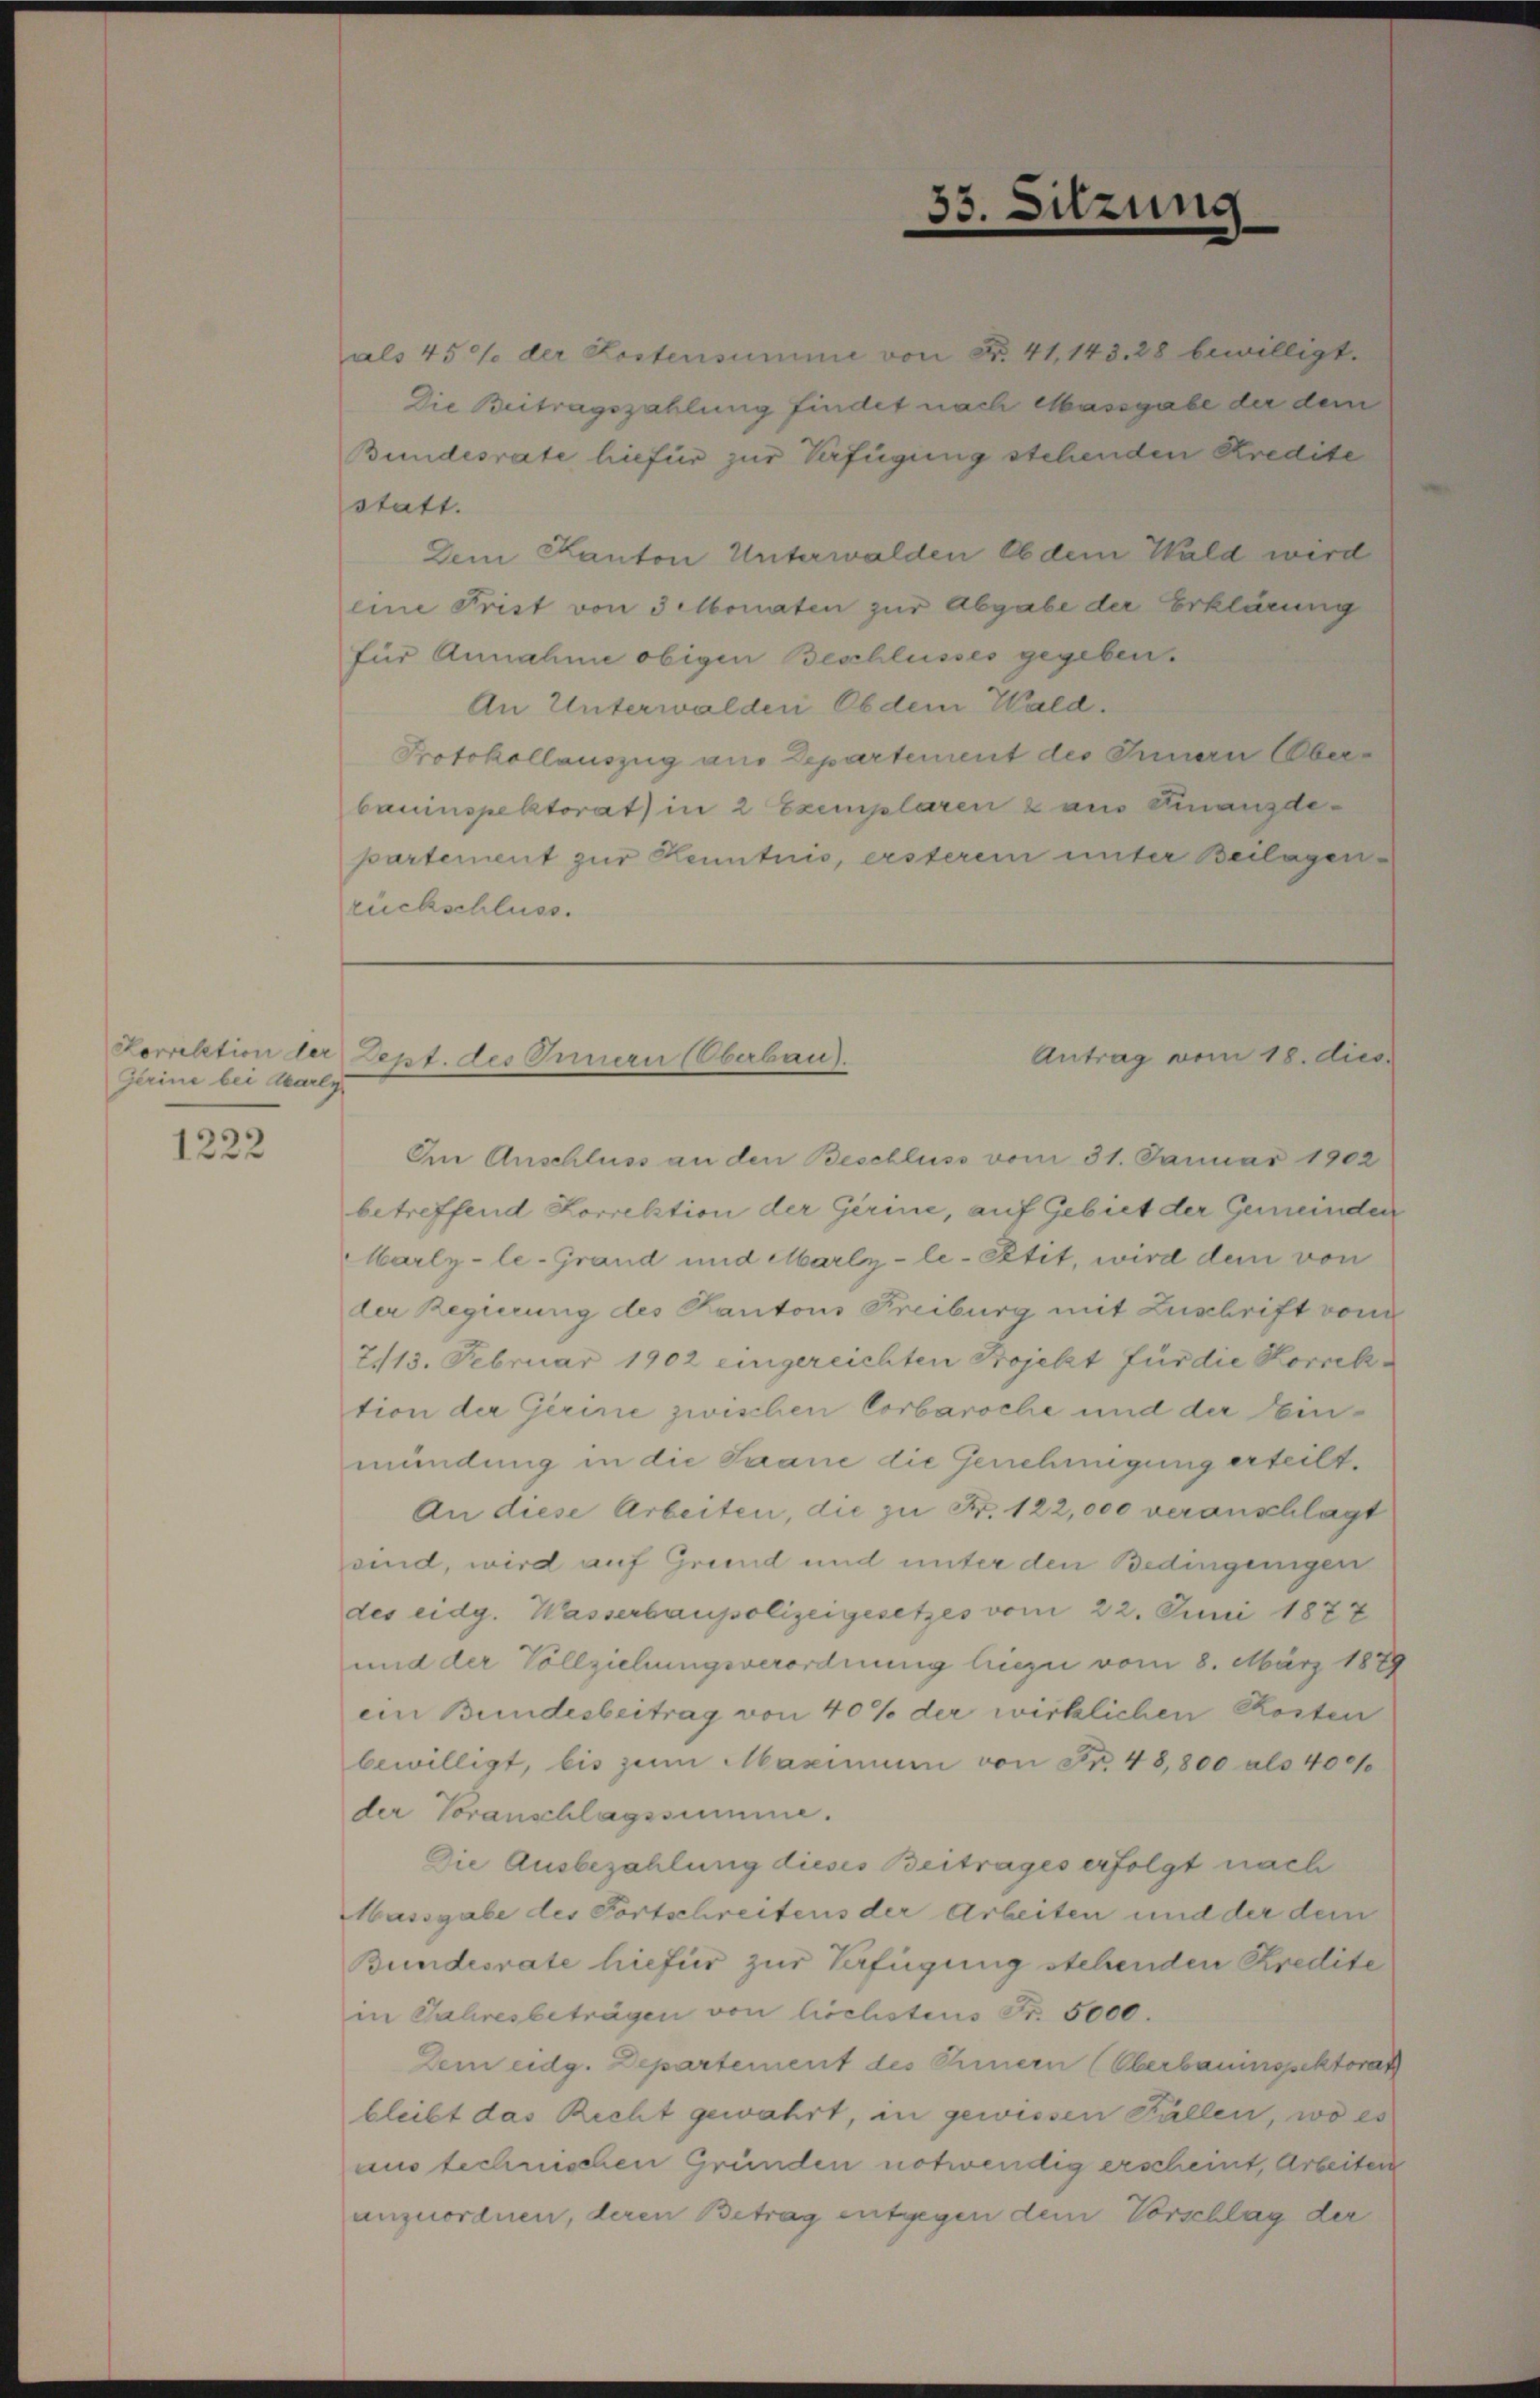
Gerine bei Carly
1222

als 45% der Festensumme von Nr. 41, 143. 28 bewilligt.
Die Beitragszahlung findet nach Massgabe der dem
Bundesrate hiefür zur Verfügung stehenden Kredite
statt.
Dem Kanton Unterwalden Ob dem Wald wird
eine Frist von 3 Monaten zur Abgabe der Erklärung
für Annahme obigen Beschlusses gegeben.
An Unterwalden Ob dem Wald.
Protokollauszug aus Departement des Innern Oberbauinspektorat) in 2 Exemplaren 2 aus Finanzdepartement zur Kenntnis, ersterem unter Beilagen
rückschluss.

Im Anschluss an den Beschluss vom 31. Januar 1902
betreffend Korrektion der Gerine, auf Gebiet der Gemeinden
Marlz-le-Grand und Marlz-le-Ptit, wird dem von
der Regierung des Kantons Freiburg mit Zuschrift von
2113. Februar 1902 eingereichten Projekt für die Korrektion der Gerine zwischen Corbaroche und der Einmündung in die Saane die Genehmigung erteilt.
An diese Arbeiten, die zu Fr. 122,000 veranschlagt
sind, wird auf Grund und unter den Bedingungen
des eidg. Wasserbaupolizeigesetzes vom 22. Juni 1877
und der Vollziehungsverordnung hiezu vom 8. März 1889
ein Bundesbeitrag von 40% der wirklichen Kosten
bewilligt, bis zum Maximum von Fr. 48,800 als 400
der Voranschlagssumme.
Die Ausbezahlung dieses Beitrages erfolgt nach
Massgabe des Fortschreitens der Arbeiten und der dem
Bundesrate hiefür zur Verfügung stehenden Kredite
in Jahresbeträgen von liechstens Fr. 5000.
Dem eidg. Departement des Einern (Oberbauinspektorat
bleibt das Recht gewahrt, in gewissen Fällen, wo es
aus technischen Gründen notwendig erscheint, Arbeiten
anzuordnen, deren Betrag entgegen dem Vorschlag der

33. Sitzung

Sorrektion der Dept. des Innern Oberbau
Antrag vom 18. dies